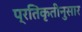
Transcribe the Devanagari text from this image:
प्रतिकृतीनुसार